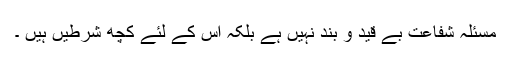
مسئلہ شفاعت بے قید و بند نہیں ہے بلکہ اس کے لئے کچھ شرطیں ہیں ۔